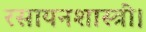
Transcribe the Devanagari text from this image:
रसायनशास्त्री।